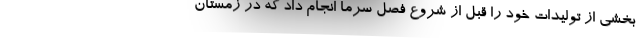
بخشی از تولیدات خود را قبل از شروع فصل سرما انجام داد که در زمستان